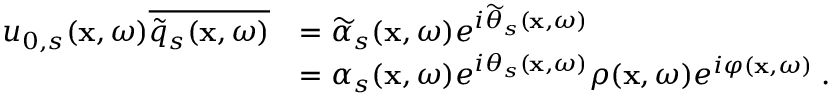
\begin{array} { r l } { u _ { 0 , s } ( \mathbf { x } , \omega ) \overline { { \widetilde { q } _ { s } ( \mathbf { x } , \omega ) } } } & { = \widetilde { \alpha } _ { s } ( \mathbf { x } , \omega ) e ^ { i \widetilde { \theta } _ { s } ( \mathbf { x } , \omega ) } } \\ & { = \alpha _ { s } ( \mathbf { x } , \omega ) e ^ { i \theta _ { s } ( \mathbf { x } , \omega ) } \rho ( \mathbf { x } , \omega ) e ^ { i \varphi ( \mathbf { x } , \omega ) } \; . } \end{array}